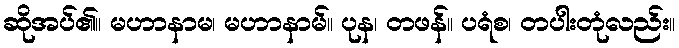
ဆိုအပ်၏။ မဟာနာမ၊ မဟာနာမ်။ ပုန၊ တဖန်။ ပရံစ၊ တပါးတုံလည်း။